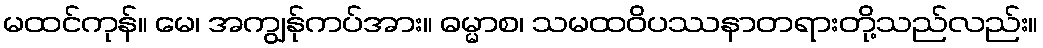
မထင်ကုန်။ မေ၊ အကျွန်ုကပ်အား။ ဓမ္မာစ၊ သမထဝိပဿနာတရားတို့သည်လည်း။